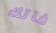
فاتك